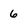
Character: 6